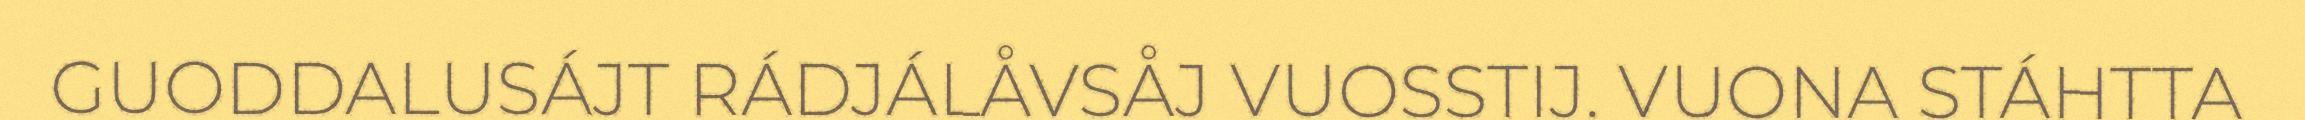
GUODDALUSÁJT RÁDJÁLÅVSÅJ VUOSSTIJ. VUONA STÁHTTA